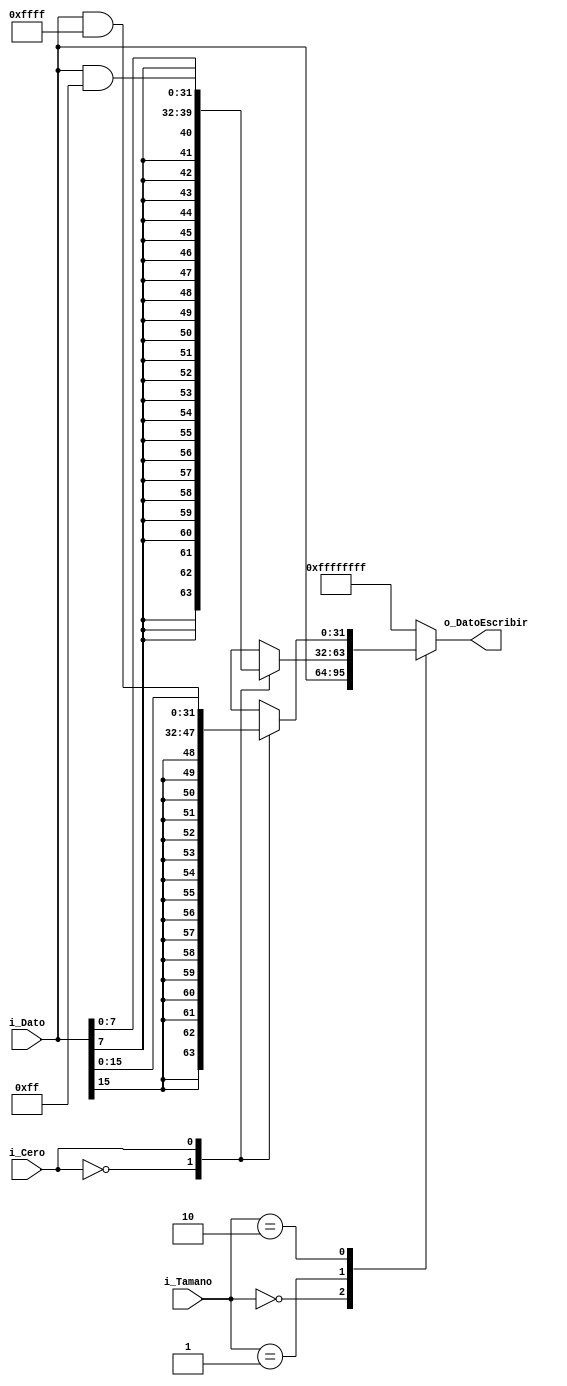
`timescale 1ns / 1ps

`define	CERO    2'b00
`define	CEROUNO 2'b01
`define	UNOCERO 2'b10
`define	UNOUNO  2'b11

module Filtro_Load
    #(
        parameter   NBITS           =   32  ,
        parameter   HWORDBITS       =   16  ,
        parameter   BYTENBITS       =   8   ,
        parameter   TNBITS          =   2   
    )
    (
        input   wire    [NBITS-1    :0]     i_Dato          ,
        input   wire    [TNBITS-1   :0]     i_Tamano        ,
        input   wire                        i_Cero          , //Zero_Extend es un flag para decir si es Unsigned
        output  wire    [NBITS-1    :0]     o_DatoEscribir            
    );
    
    reg [NBITS-1    :0] DatoEscribir_Reg            ;
    assign o_DatoEscribir =    DatoEscribir_Reg     ;
    
    always @(*)
    begin : Tamano
            case(i_Tamano)
                `CERO       :       
                                    DatoEscribir_Reg   <=   i_Dato                                                              ;
                `CEROUNO    :
                    case(i_Cero)
                        1'b0:      DatoEscribir_Reg   <=   {{HWORDBITS+BYTENBITS{i_Dato[BYTENBITS-1]}}, i_Dato[BYTENBITS-1:0]}  ;
                        1'b1:      DatoEscribir_Reg   <=   i_Dato & 32'b00000000_00000000_00000000_11111111                    ;      
                    endcase
                `UNOCERO    :
                    case(i_Cero)
                        1'b0:      DatoEscribir_Reg   <=   {{HWORDBITS{i_Dato[HWORDBITS-1]}}, i_Dato[HWORDBITS-1:0]}              ;
                        1'b1:      DatoEscribir_Reg   <=   i_Dato & 32'b00000000_00000000_11111111_11111111                    ; 
                    endcase
                default     :   
                                    DatoEscribir_Reg   <=   -1                                                                  ;
            endcase
    end
endmodule